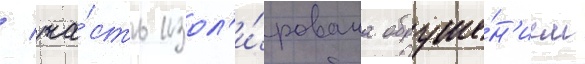
/ ча́сть изол'и́рована обруше́н'ием